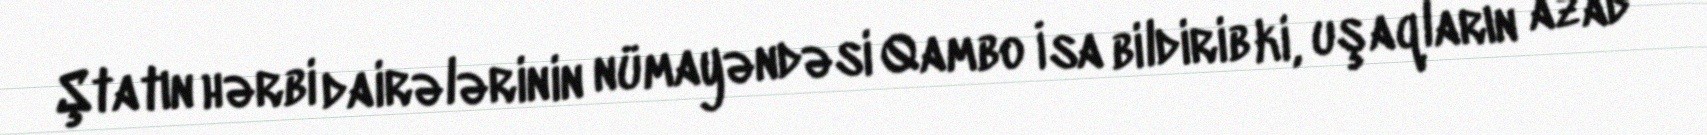
Ştatın hərbi dairələrinin nümayəndəsi Qambo İsa bildirib ki, uşaqların azad